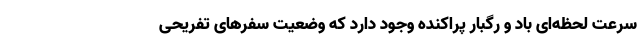
سرعت لحظه‌ای باد و رگبار پراکنده وجود دارد که وضعیت سفرهای تفریحی